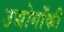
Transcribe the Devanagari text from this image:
उद्योगोंकी